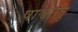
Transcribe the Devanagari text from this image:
पार्श्वतंतु